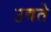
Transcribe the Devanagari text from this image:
उबते